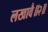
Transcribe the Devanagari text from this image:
लखावै॥२॥